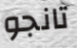
تانجو